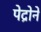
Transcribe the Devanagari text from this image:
पेद्रोने